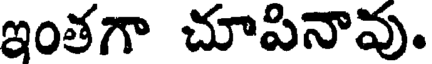
ఇంతగా చూపినావు.